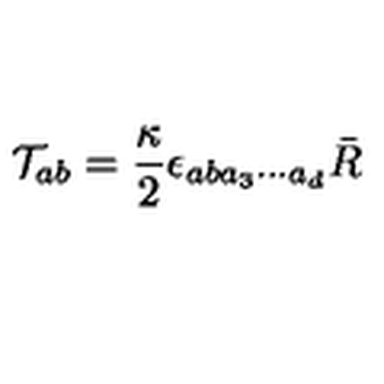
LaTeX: { \cal T } _ { a b } = \frac { \kappa } { 2 } \epsilon _ { a b a _ { 3 } \cdots a _ { d } } \bar { R }